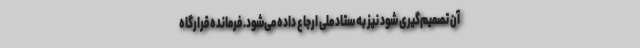
آن تصمیم‌گیری شود نیز به ستاد ملی ارجاع داده می‌شود. فرمانده قرارگاه